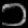
Digit: ၁